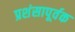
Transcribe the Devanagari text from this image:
प्रशंसापूर्वक